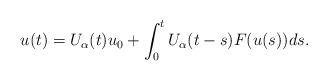
LaTeX: \begin{align*}u(t) = U_\alpha(t) u_0 + \int_0^t U_\alpha(t-s) F(u(s)) ds.\end{align*}